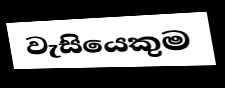
වැසියෙකුම